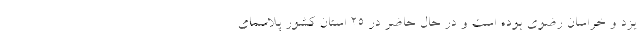
یزد و خراسان رضوی بوده است و در حال حاضر در ۲۵ استان کشور پلاسمای